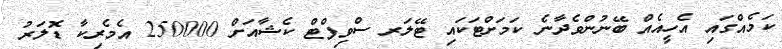
ކަމެއްގައި އެހީއެއް ބޭނުންވެދާނެ ކަމަށްޓަކައި ޓޭލަރ ސްވިފްޓް ކެޝާއަށް 250000 އެމެރިކާ ޑޮލަރު